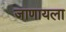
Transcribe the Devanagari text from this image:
जाणायला